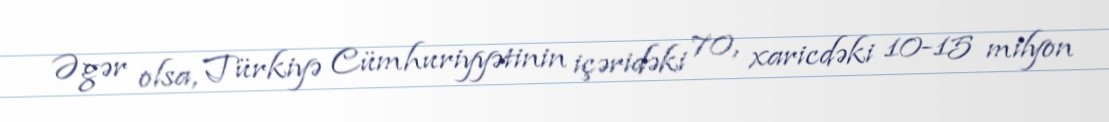
Əgər olsa, Türkiyə Cümhuriyyətinin içəridəki 70, xaricdəki 10-15 milyon